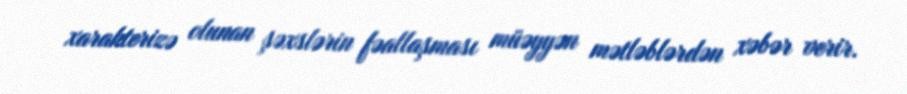
xarakterizə olunan şəxslərin fəallaşması müəyyən mətləblərdən xəbər verir.